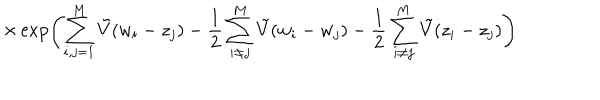
\times \exp \left( \sum _ { i , j = 1 } ^ { M } \tilde { V } ( w _ { i } - z _ { j } ) - \frac { 1 } { 2 } \sum _ { i \neq j } ^ { M } \tilde { V } ( w _ { i } - w _ { j } ) - \frac { 1 } { 2 } \sum _ { i \neq j } ^ { M } \tilde { V } ( z _ { i } - z _ { j } ) \right)